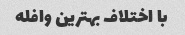
با اختلاف بهترین وافله